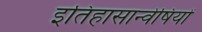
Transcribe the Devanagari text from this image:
इतिहासान्वेषियों